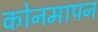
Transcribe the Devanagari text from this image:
कोनमापन